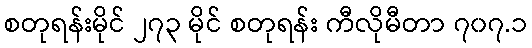
စတုရန်းမိုင် ၂၇၃ မိုင် စတုရန်း ကီလိုမီတာ ၇၀၇.၁